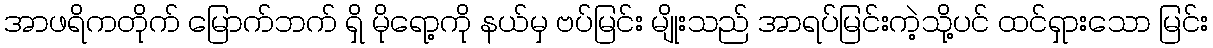
အာဖရိကတိုက် မြောက်ဘက် ရှိ မိုရော့ကို နယ်မှ ဗပ်မြင်း မျိုးသည် အာရပ်မြင်းကဲ့သို့ပင် ထင်ရှားသော မြင်း